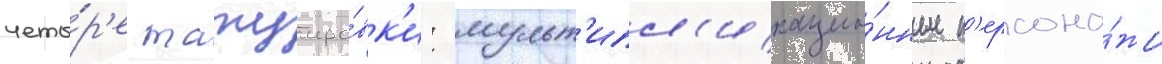
четы́р'е татуиро́вк'и: мульт'ипл'икацио́нные п'ерсона́жи